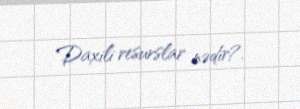
Daxili resurslar nədir?.